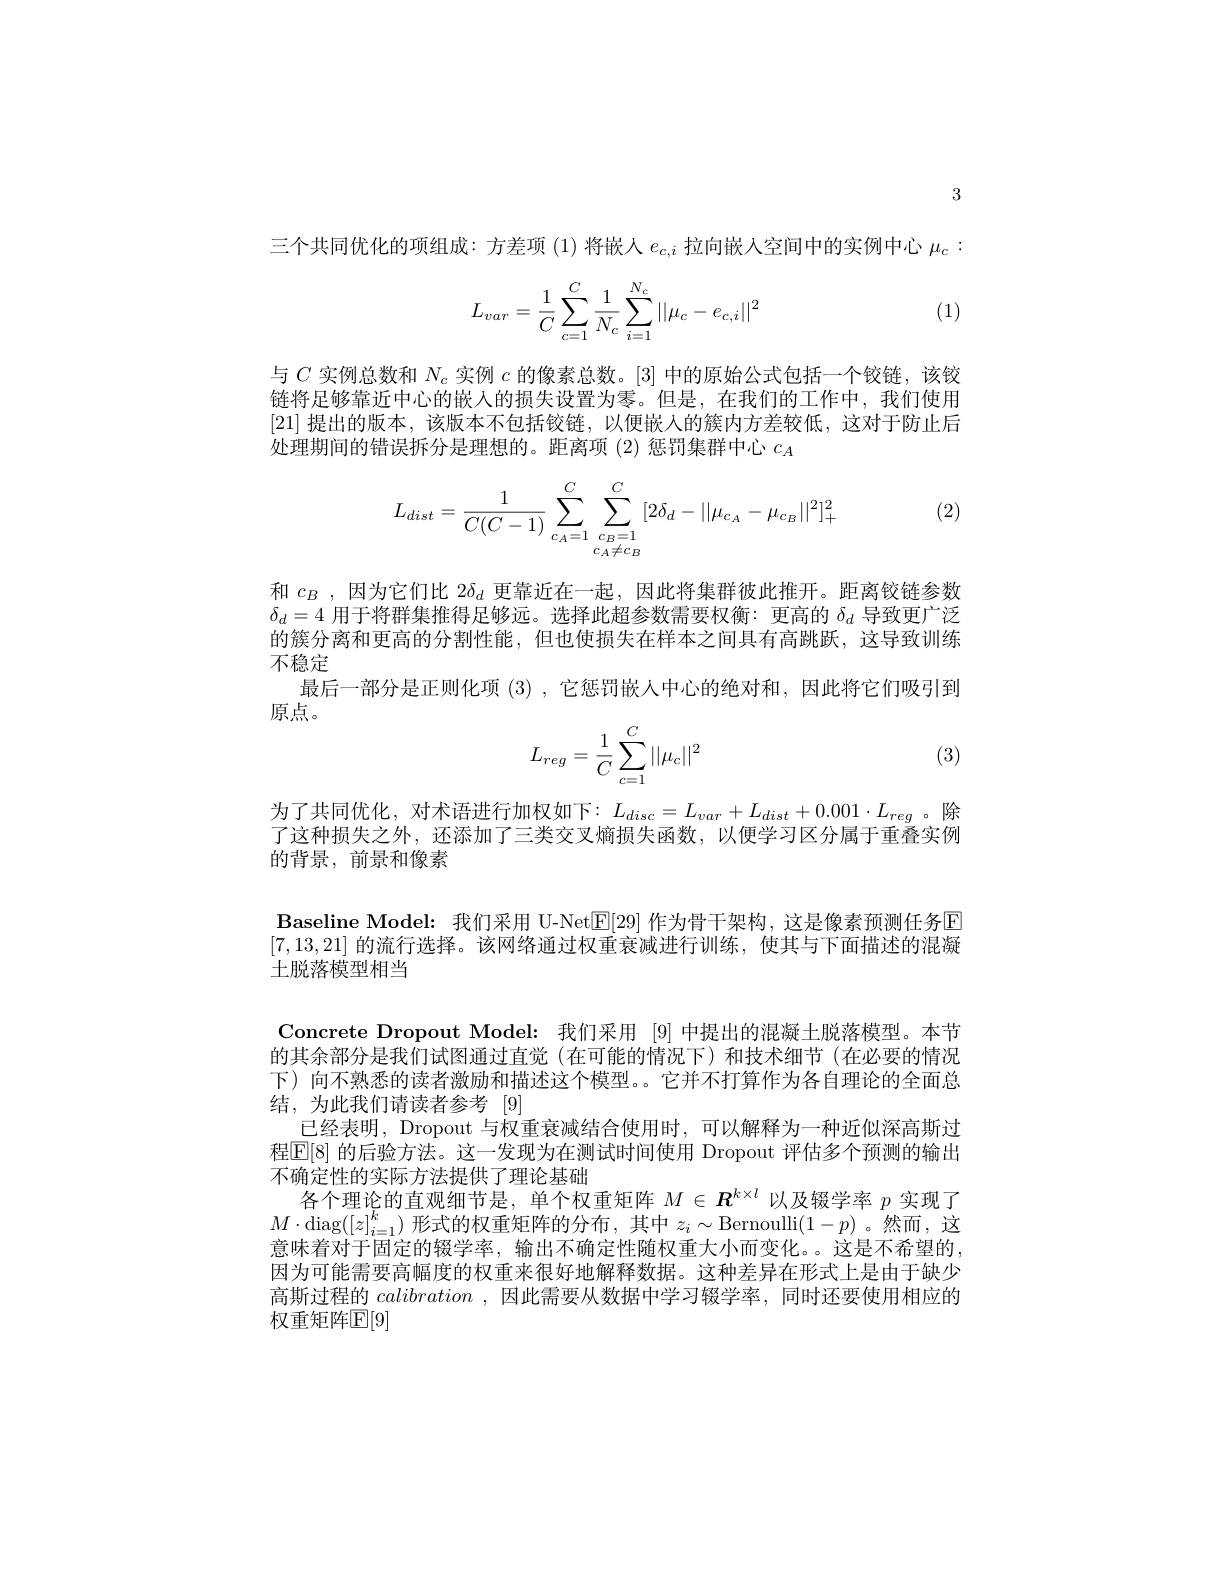
3

三个共同优化的项组成：方差项(1)将嵌人$e_c,i$ 拉向嵌入空间中的实例中心 $\mu_c:$

(1)
$$\begin{aligned}L_{var}=\frac{1}{C}\sum_{c=1}^{C}\frac{1}{N_{c}}\sum_{i=1}^{N_{c}}||\mu_{c}-e_{c,i}||^{2}\end{aligned}$$
与$C$实例总数和$N_c$实例$c$的像素总数。[3]中的原始公式包括一个铰链，该铰链将足够靠近中心的嵌人的损失设置为零。但是，在我们的工作中，我们使用[21]提出的版本，该版本不包括铰链，以便嵌入的簇内方差较低，这对于防止后处理期间的错误拆分是理想的。距离项 (2)惩罚集群中心$c_A$

(2)
$$L_{dist}=\frac{1}{C(C-1)}\sum_{c_A=1}^C\sum_{c_B=1\atop c_A\neq c_B}^C[2\delta_d-||\mu_{c_A}-\mu_{c_B}||^2]_+^2$$
和$c_B$ ,因为它们比 2$\delta_d$更靠近在一起，因此将集群彼此推开。距离铰链参数$\delta_d=4$用于将群集推得足够远。选择此超参数需要权衡：更高的$\delta_d$导致更广泛的簇分离和更高的分割性能，但也使损失在样本之间具有高跳跃，这导致训练不稳定
最后一部分是正则化项 (3) ,它惩罚嵌人中心的绝对和 ,因此将它们吸引到
原点。

(3)
$$L_{reg}=\dfrac{1}{C}\sum_{c=1}^C||\mu_c||^2$$
为了共同优化，对术语进行加权如下：$L_disc=L_{var}+L_{dist}+0.001\cdot L_{reg}$。除了这种损失之外，还添加了三类交叉熵损失函数，以便学习区分属于重叠实例的背景，前景和像素

Baseline Model: 我们采用 U-Net|E|29] 作为骨干架构，这是像素预测任务E [7,13,21]的流行选择。该网络通过权重衰减进行训练，使其与下面描述的混凝土脱落模型相当
Concrete Dropout Model: 我们采用 [9] 中提出的混凝土脱落模型。本节的其余部分是我们试图通过直觉(在可能的情况下)和技术细节(在必要的情况下)向不熟悉的读者激励和描述这个模型。它并不打算作为各自理论的全面总结，为此我们请读者参考[9]
已经表明，Dropout 与权重衰减结合使用时，可以解释为一种近似深高斯过程[E[8] 的后验方法。这一发现为在测试时间使用 Dropout 评估多个预测的输出不确定性的实际方法提供了理论基础
各个理论的直观细节是，单个权重矩阵$M\in\boldsymbol{R}^{k\times l}$以及辍学率$p$实现了$M\cdot$diag$([z]_i=1^k)$形式的权重矩阵的分布，其中$z_i\sim$Bernoulli$(1-p)$。然而，这意味着对于固定的辍学率，输出不确定性随权重大小而变化。这是不希望的， 因为可能需要高幅度的权重来很好地解释数据。这种差异在形式上是由于缺少高斯过程的calibration ,因此需要从数据中学习辍学率，同时还要使用相应的权重矩阵$\mathbb{E}[9]$